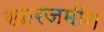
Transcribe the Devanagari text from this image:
खारजमीन